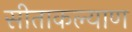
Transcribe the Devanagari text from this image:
सीताकल्याण